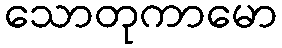
သောတုကာမော